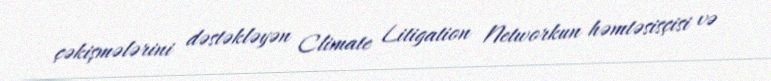
çəkişmələrini dəstəkləyən Climate Litigation Networkun həmtəsisçisi və